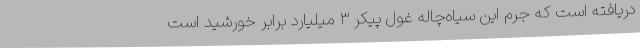
دریافته است که جرم این سیاه‌چاله غول پیکر ۳ میلیارد برابر خورشید است